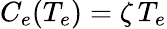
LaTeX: C_{e}(T_{e})=\zeta\, T_{e}